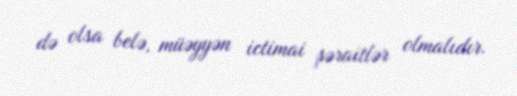
də olsa belə, müəyyən ictimai şəraitlər olmalıdır.